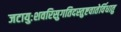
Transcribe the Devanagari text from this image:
जटायुःशवरिसुगतिदस्तुष्टवातेर्विधातु